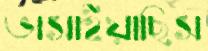
ভাসাইয়াছিস